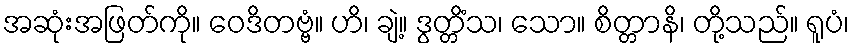
အဆုံးအဖြတ်ကို။ ဝေဒိတဗ္ဗံ။ ဟိ၊ ချဲ့။ ဒွတ္တိံသ၊ သော။ စိတ္တာနိ၊ တို့သည်။ ရူပံ၊